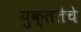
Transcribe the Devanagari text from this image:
युक्ततेचे